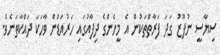
ސިޔާސީ ނުފޫޒު ގަދަ ފަރާތްތަކުން އެ މީހެންގެ ދިފާއުގައި ހަރުއަޑުން ވާހަކަ ދައްކާތަނެވެ.